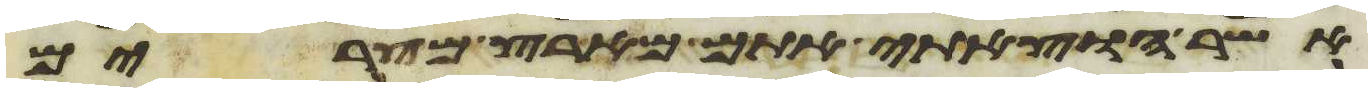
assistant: אשר הוצאתי אתם מארץ מצרים